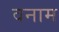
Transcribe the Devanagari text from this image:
वनाम